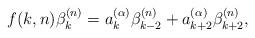
LaTeX: \begin{align*}f(k,n) \beta_k^{(n)} = a_k^{(\alpha)}\beta_{k-2}^{(n)} + a_{k+2}^{(\alpha)}\beta^{(n)}_{k+2},\end{align*}